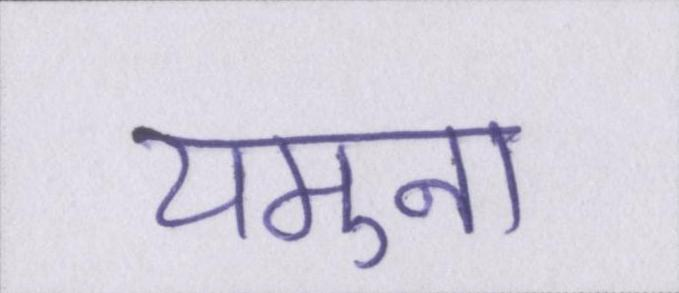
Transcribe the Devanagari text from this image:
यमुना